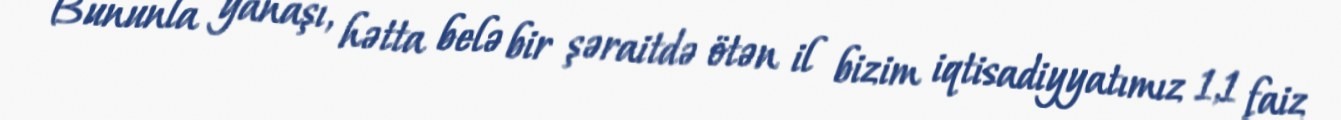
Bununla yanaşı, hətta belə bir şəraitdə ötən il bizim iqtisadiyyatımız 1,1 faiz